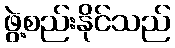
ဖွဲ့စည်းနိုင်သည်